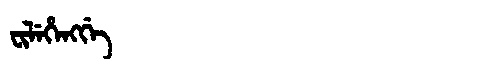
Manchu: ᠸᡳᠯᡝᡥᡝᠩᡤᡝ
Romanization: FILEHENGGE